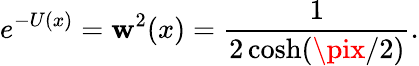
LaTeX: e^{-U(x)}=\mathbf{w}^{2}(x)={\frac{{1}}{{2\cosh(\pix/2)}}}.